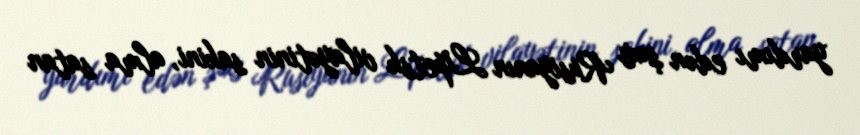
yardımı edən şəxs Rusiyanın Lipetsk vilayətinin sakini, alma satan